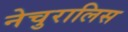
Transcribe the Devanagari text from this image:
नेचुरालिस